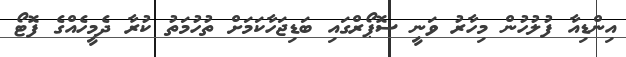
އިންޑިއާ ފުލުހުން މިހާރު ވަނީ ސޮޕޯރްގައި ބަޑިޖަހާކަމަށް ތުހުމަތު ކުރާ ދެމީހެއްގެ ފޮޓޯ